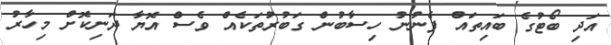
އަދި ބޯޓުގެ ބައިތައް ފެނުނު ހިސާބުން ގަބުރުތަކެއް ވެސް އޮޔާ ދަނިކޮށް މިހާރު